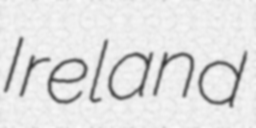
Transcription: Ireland